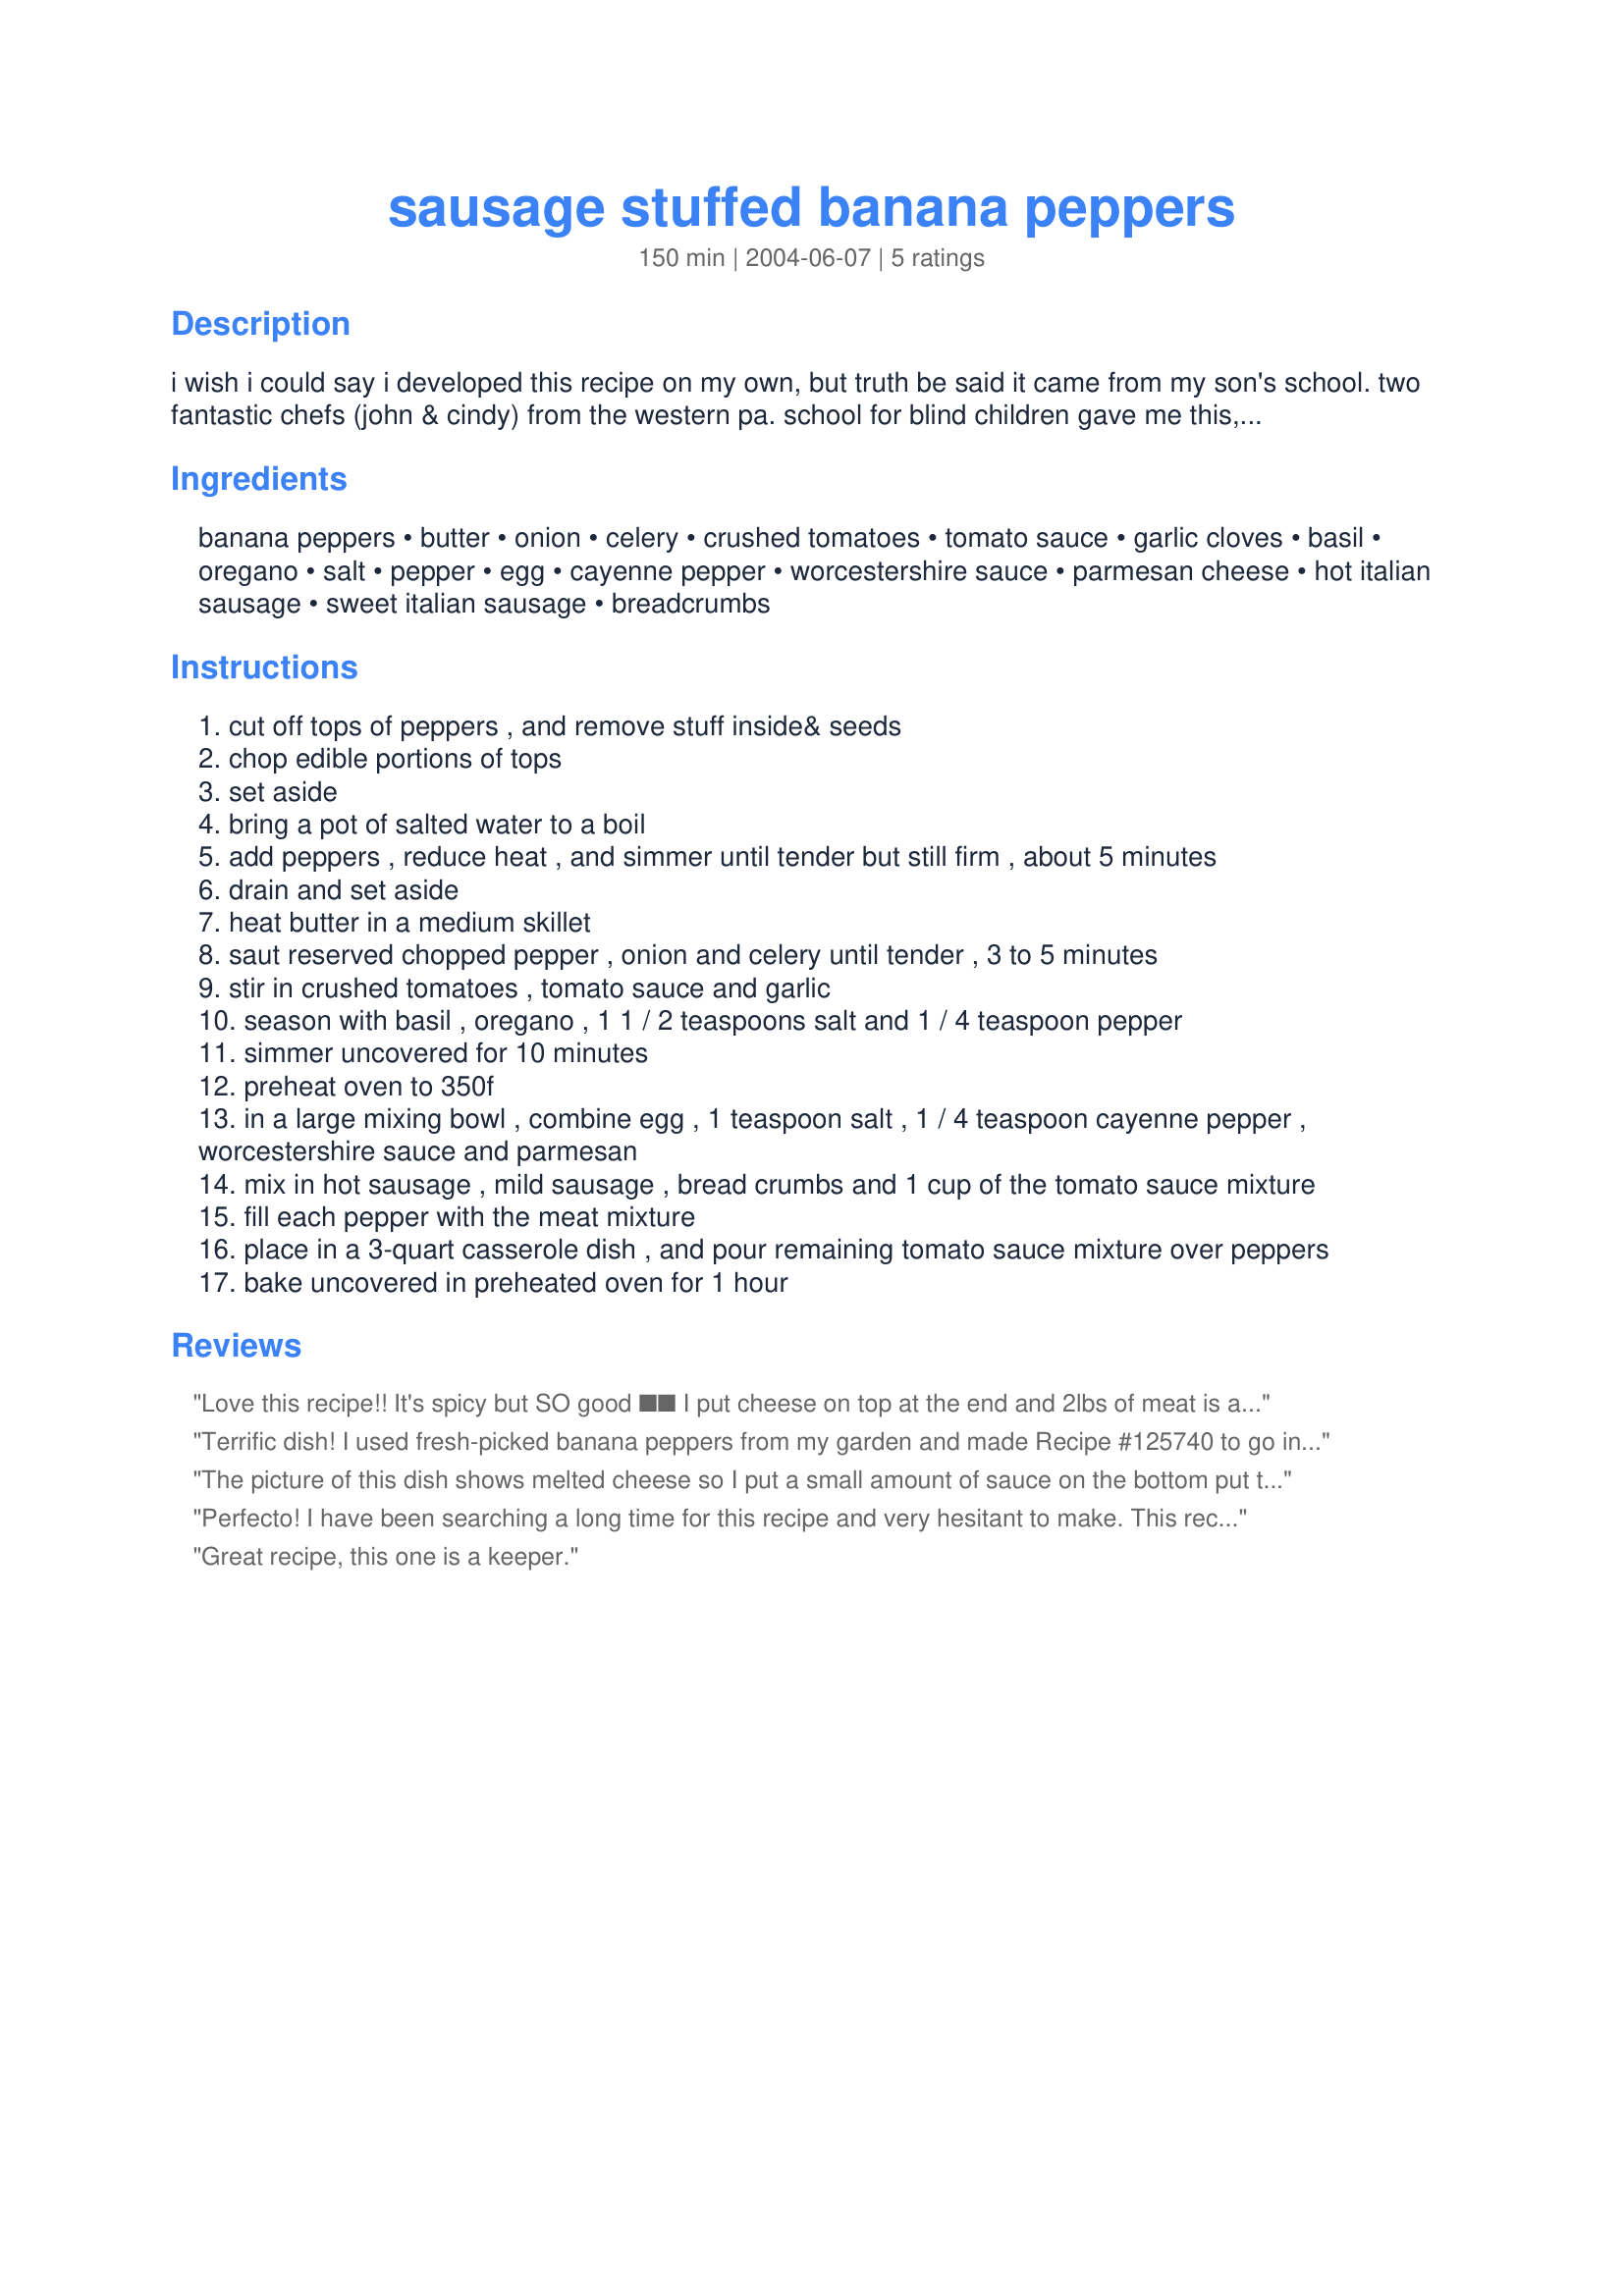
sausage stuffed banana peppers
Preparation time: 150 minutes

i wish i could say i developed this recipe on my own, but truth be said it came from my son's school. two fantastic chefs (john & cindy) from the western pa. school for blind children gave me this, and many other recipes. it's a favorite among the kids there who love spicy foods!

Ingredients:
banana peppers, butter, onion, celery, crushed tomatoes, tomato sauce, garlic cloves, basil, oregano, salt, pepper, egg, cayenne pepper, worcestershire sauce, parmesan cheese, hot italian sausage, sweet italian sausage, breadcrumbs

Steps:
cut off tops of peppers , and remove stuff inside& seeds
chop edible portions of tops
set aside
bring a pot of salted water to a boil
add peppers , reduce heat , and simmer until tender but still firm , about 5 minutes
drain and set aside
heat butter in a medium skillet
saut reserved chopped pepper , onion and celery until tender , 3 to 5 minutes
stir in crushed tomatoes , tomato sauce and garlic
season with basil , oregano , 1 1 / 2 teaspoons salt and 1 / 4 teaspoon pepper
simmer uncovered for 10 minutes
preheat oven to 350f
in a large mixing bowl , combine egg , 1 teaspoon salt , 1 / 4 teaspoon cayenne pepper , worcestershire sauce and parmesan
mix in hot sausage , mild sausage , bread crumbs and 1 cup of the tomato sauce mixture
fill each pepper with the meat mixture
place in a 3-quart casserole dish , and pour remaining tomato sauce mixture over peppers
bake uncovered in preheated oven for 1 hour

Reviews:
Love this recipe!! It's spicy but SO good �� I put cheese on top at the end and 2lbs of meat is a lot. So I just put it around for meatballs. It's in my personal recipes for life :) thanks for sharing
Terrific dish! I used fresh-picked banana peppers from my garden and made Recipe #125740 to go in the stuffing. For the stuffing I used less bread crumbs (about 1/2 cup) and left out the egg, and I formed the left-over mixture into meatballs which I placed around the peppers and cooked in the sauce. Turned out great, I&#039;ll definitely be making this one again.
The picture of this dish shows melted cheese so I put a small amount of sauce on the bottom put the peppers (I did not know these babies were so hot) on the sauce and covered with the remaining sauce and covered with 8 oz of shredded mozzarella in the last 20 minutes = YUM!!!!!!!!!
Perfecto! I have been searching a long time for this recipe and very hesitant to make. This recipe took me back to my childhood, eating christmas dinner at my aunt's house. Will be making this all the time. I had a lot of extra sausage mixture so I just made meatballs with it and simmered it in the sauce as well. One change I did make was to use only sweet italian sausage. The heat from the chopped peppers and the cayenne pepper blended nicely with the sausage mixture and created a nice heat. Though my 9 & 11 year boys, who like spicy food, did claim that it was a little spicy, but happily ate the meatballs.
Great recipe, this one is a keeper.
